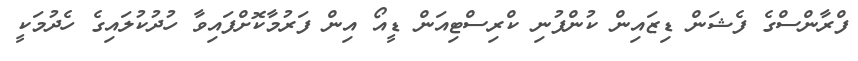
ފްރާންސްގެ ފެޝަން ޑިޒައިން ކުންފުނި ކްރިސްޓިއަން ޑީއޯ އިން ފަރުމާކޮށްފައިވާ ހުދުކުލައިގެ ހެދުމަކީ